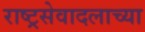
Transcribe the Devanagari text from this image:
राष्ट्रसेवादलाच्या